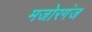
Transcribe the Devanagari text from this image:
मजोरगंज